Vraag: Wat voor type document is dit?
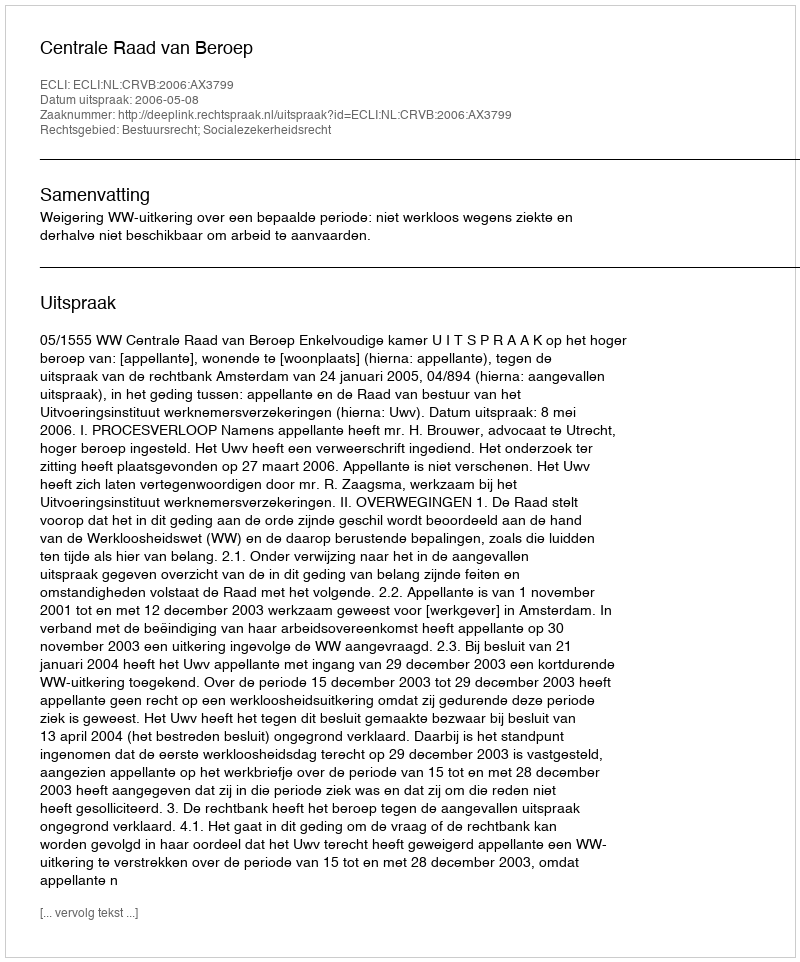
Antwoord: Uitspraak